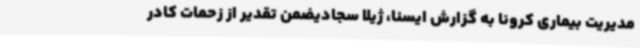
مدیریت بیماری کرونا به گزارش ایسنا، ژیلا سجادیضمن تقدیر از زحمات کادر